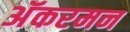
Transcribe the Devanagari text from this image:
अॅकरमन